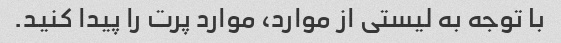
با توجه به لیستی از موارد، موارد پرت را پیدا کنید.